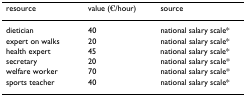
<table><thead><tr><td><b>resource</b></td><td><b>value (€/hour)</b></td><td><b>source</b></td></tr></thead><tbody><tr><td>dietician</td><td>40</td><td>national salary scale*</td></tr><tr><td>expert on walks</td><td>20</td><td>national salary scale*</td></tr><tr><td>health expert</td><td>45</td><td>national salary scale*</td></tr><tr><td>secretary</td><td>20</td><td>national salary scale*</td></tr><tr><td>welfare worker</td><td>70</td><td>national salary scale*</td></tr><tr><td>sports teacher</td><td>40</td><td>national salary scale*</td></tr></tbody></table>